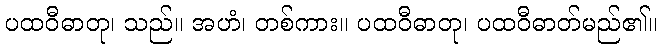
ပထဝီဓာတု၊ သည်။ အဟံ၊ တစ်ကား။ ပထဝီဓာတု၊ ပထဝီဓာတ်မည်၏။